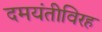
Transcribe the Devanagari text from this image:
दमयंतीविरह